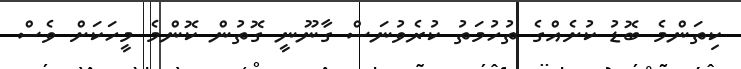
ކިތަންމެ ބޮޑު ކުށެއްގެ ތުހުމަތު ކުރެވުނަސް ގާނޫނީ ގޮތުން ކޮންމެ މީހަކަށް ވެސް